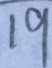
1 9